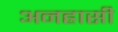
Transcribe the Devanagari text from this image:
अनह्रासी